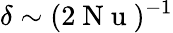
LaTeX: \delta\sim(2\mathrm{~N~u~})^{-1}